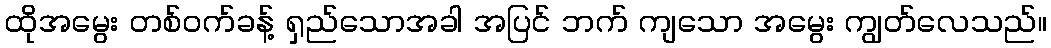
ထိုအမွေး တစ်ဝက်ခန့် ရှည်သောအခါ အပြင် ဘက် ကျသော အမွေး ကျွတ်လေသည်။